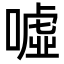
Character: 噓